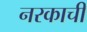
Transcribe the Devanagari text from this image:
नरकाची